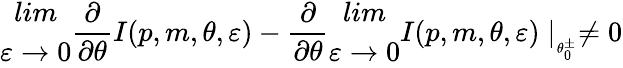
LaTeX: \begin{array}{c}{{lim}}\\ {{\varepsilon\rightarrow 0}}\end{array}\frac{\partial}{\partial\theta}I(p,m,\theta,\varepsilon)-\frac{\partial}{\partial\theta}\begin{array}{c}{{lim}}\\ {{\varepsilon\rightarrow 0}}\end{array}I(p,m,\theta,\varepsilon)\mid_{_{\theta_{0}^{\pm}}}\neq 0